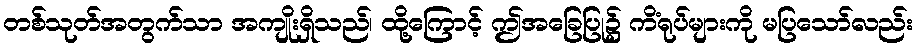
တစ်သုတ်အတွက်သာ အကျိုးရှိသည်၊ ထို့ကြောင့် ဤအခြေပြု၌ ကိံရုပ်များကို မပြသော်လည်း